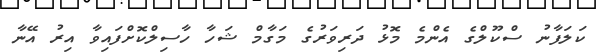
ކަލަފާނު ސްކޫލްގެ އެންމެ މޮޅު ދަރިވަރުގެ މަގާމް ޝަހާ ހާސިލްކޮށްފައިވާ އިރު އޭނާ